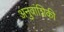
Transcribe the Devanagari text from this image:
अनुवांशिकी